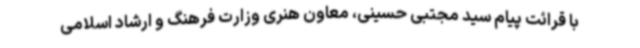
با قرائت پیام سید مجتبی حسینی، معاون هنری وزارت فرهنگ و ارشاد اسلامی